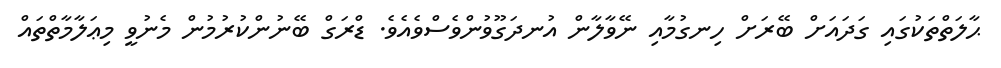
ޙާލަތްތަކުގައި ގަދައަށް ބޭރަށް ހިނގުމާއި ނޭވާލާން އުނދަގޫވުންވެސްވެއެވެ. ޑްރަގް ބޭނުންކުރުމުން މެނުވީ މިޢަލާމާތްތައް